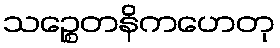
သဉ္စေတနိကဟေတု